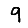
Digit: 9